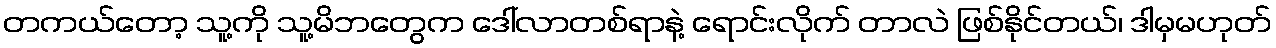
တကယ်တော့ သူ့ကို သူ့မိဘတွေက ဒေါ်လာတစ်ရာနဲ့ ရောင်းလိုက် တာလဲ ဖြစ်နိုင်တယ်၊ ဒါမှမဟုတ်